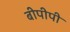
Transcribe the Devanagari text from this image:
बीपीपी